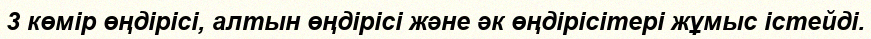
3 көмір өңдірісі, алтын өңдірісі және әк өңдірісітері жұмыс істейді.